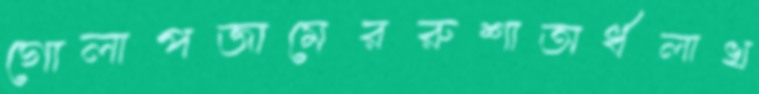
গোলাপজামেররুশাঅর্ধলাখ